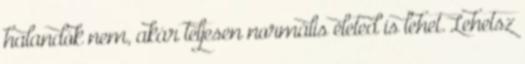
halandók nem, akár teljesen normális életed is lehet. Lehetsz